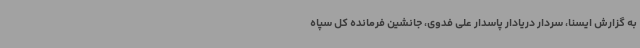
به گزارش ایسنا، سردار دریادار پاسدار علی فدوی، جانشین فرمانده کل سپاه